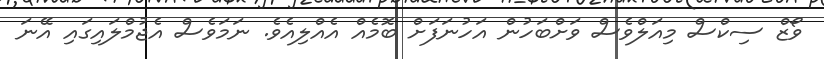
ވޯޒް ސިކްސް މިއަލްވެސް ވަށްބަހުން އަހުނަފަށް ބޮމެއް އެއްލިއެވެ. ނަމަވެސް އެޖުމްލައިގައި އޭނަ